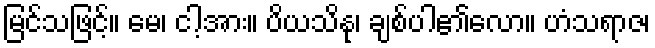
မြင်သဖြင့်။ မေ၊ ငါ့အား။ ပိယသိနု၊ ချစ်ပါ၏လော။ ဟံသရာဇ၊